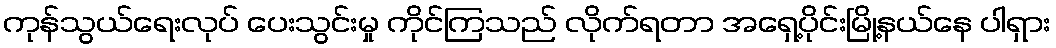
ကုန်သွယ်ရေးလုပ် ပေးသွင်းမှု ကိုင်ကြသည် လိုက်ရတာ အရှေ့ပိုင်းမြို့နယ်နေ ပါရှား